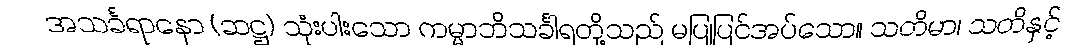
အသင်္ခရာနော (ဆဋ္ဌ) သုံးပါးသော ကမ္မာဘိသင်္ခါရတို့သည် မပြုပြင်အပ်သော။ သတိမာ၊ သတိနှင့်